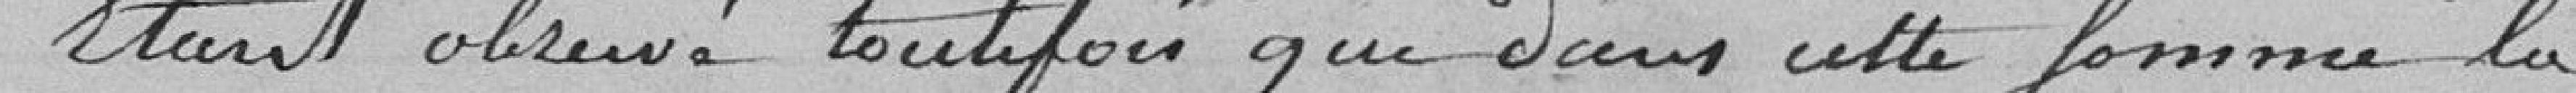
Etant observé toutefois que dans cette somme la